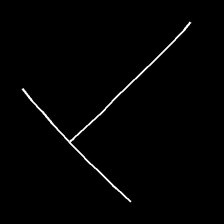
Glyph: column